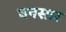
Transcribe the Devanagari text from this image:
घनसार